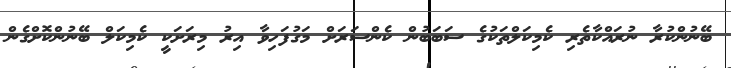
ބޭނުންކުރާ ނުރައްކާތެރި ކެމިކަލްތަކުގެ ސަބަބުން ކެންސަރަށް މަގުފަހިވާ އިރު މިރަށަކީ ކެމިކަލް ބޭނުންކޮށްގެން